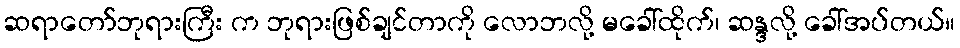
ဆရာတော်ဘုရားကြီး က ဘုရားဖြစ်ချင်တာကို လောဘလို့ မခေါ်ထိုက်၊ ဆန္ဒလို့ ခေါ်အပ်တယ်။